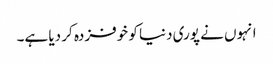
انہوں نے پوری دنیا کو خوفزدہ کر دیا ہے۔